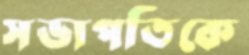
সভাপতিকে